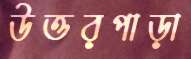
উত্তরপাড়া